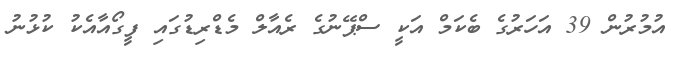
އުމުރުން 39 އަހަރުގެ ބެކަމް އަކީ ސްޕޭނުގެ ރެއާލް މެޑްރިޑުގައި ފީގޯއާއެކު ކުޅުނު